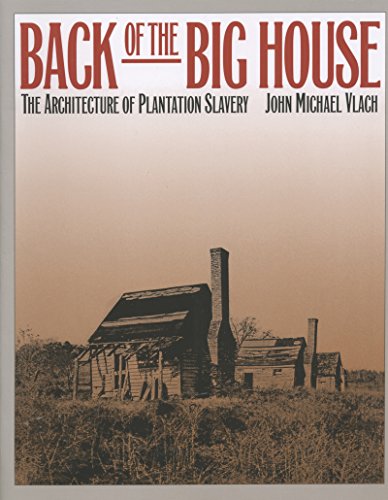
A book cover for Back of the Big House: The Architecture of Plantation Slavery (Fred W. Morrison Series in Southern Studies); John Michael Vlach; Crafts, Hobbies & Home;